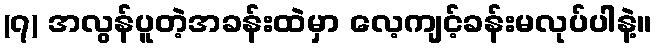
(၇) အလွန်ပူတဲ့အခန်းထဲမှာ လေ့ကျင့်ခန်းမလုပ်ပါနဲ့။